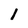
Character: 1